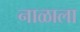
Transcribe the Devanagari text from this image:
नाळाला